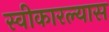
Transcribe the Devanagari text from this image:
स्वीकारल्यास